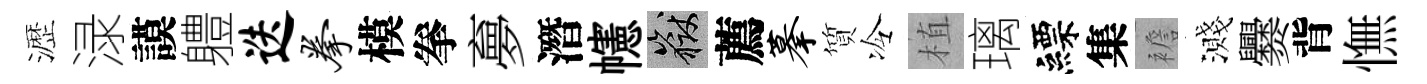
瀝渌謨軆迭拳模拳夣潛幰岳薦摹質冷植璃縹集襜濺爨背憮